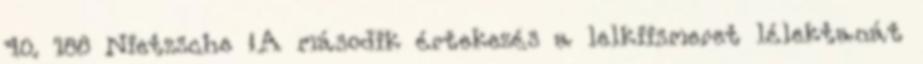
40. 188 Nietzsche „A második értekezés a lelkiismeret lélektanát